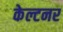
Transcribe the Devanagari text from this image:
केल्टनर